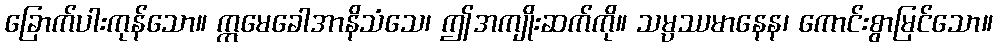
ခြောက်ပါးကုန်သော။ ဣမေခေါအာနိသံသေ၊ ဤအကျိုးဆက်ကို။ သမ္ပဿမာနေန၊ ကောင်းစွာမြင်သော။